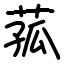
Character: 菰